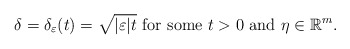
\begin{align*}\delta=\delta_{\varepsilon}(t)=\sqrt{|\varepsilon|t}\ \hbox{for some}\ t>0\ \hbox{and}\ \eta\in\mathbb R^m.\end{align*}